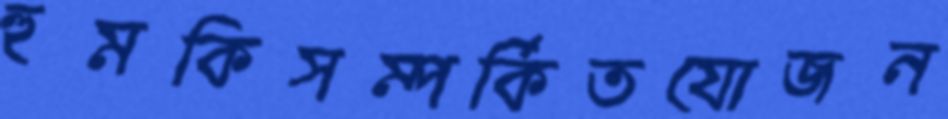
হুমকিসম্পর্কিতযোজন